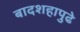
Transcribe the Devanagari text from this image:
बादशहापुढे